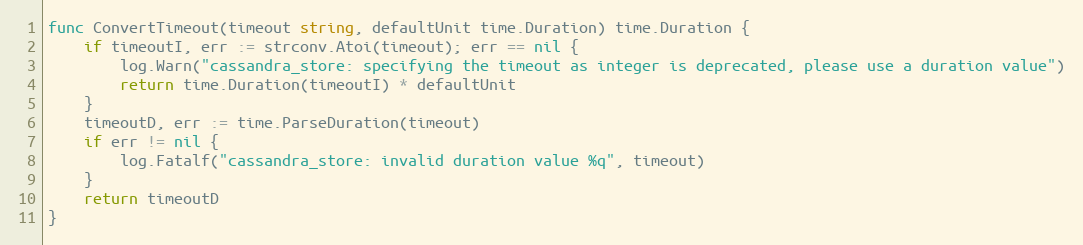
Language: Go
func ConvertTimeout(timeout string, defaultUnit time.Duration) time.Duration {
	if timeoutI, err := strconv.Atoi(timeout); err == nil {
		log.Warn("cassandra_store: specifying the timeout as integer is deprecated, please use a duration value")
		return time.Duration(timeoutI) * defaultUnit
	}
	timeoutD, err := time.ParseDuration(timeout)
	if err != nil {
		log.Fatalf("cassandra_store: invalid duration value %q", timeout)
	}
	return timeoutD
}